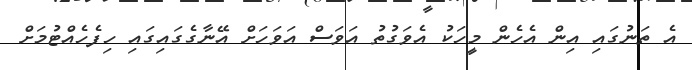
އެ ތަނުގައި އިން އެހެން މީހަކު އެވަގުތު އަވަސް އަވަހަށް އޭނާގެގައިގައި ހިފެހެއްޓުމަށް